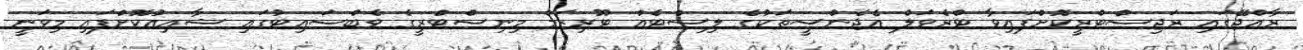
ރާއްޖޭގައި ރަޖިސްޓްރީކޮށްފައިވާ ޓްރެވަލް އެޖެންސީތަކުގެ ލިސްޓެއް ޓޫރިޒަމް މިނިސްޓްރީގެ ވެބްސައިޓުގައި ޝާއިއުކޮށްފައި މިވަނީ